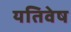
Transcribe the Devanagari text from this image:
यतिवेष